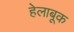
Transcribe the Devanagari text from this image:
हेलाबूक